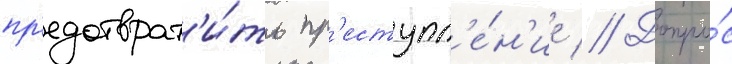
пр'едотврат'и́ть пр'еступл'е́н'ие // Допро́с